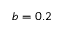
b = 0 . 2